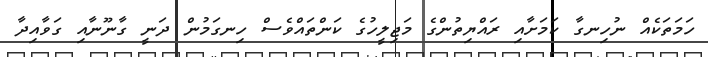
ހަމަތަކެއް ނުހިނގާ ކަމަށާއި ރައްޔިތުންގެ މަޖިލީހުގެ ކަންތައްވެސް ހިނގަމުން ދަނީ ގާނޫނާއި ގަވާއިދާ